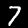
Digit: 7